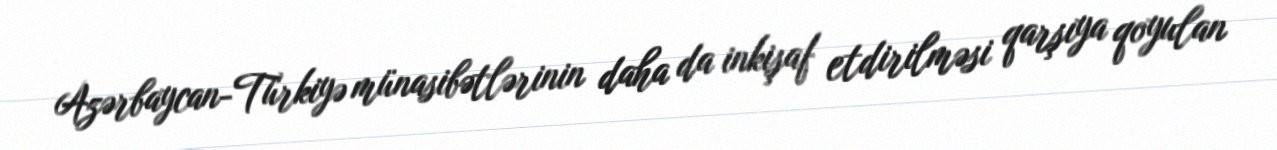
Azərbaycan-Türkiyə münasibətlərinin daha da inkişaf etdirilməsi qarşıya qoyulan